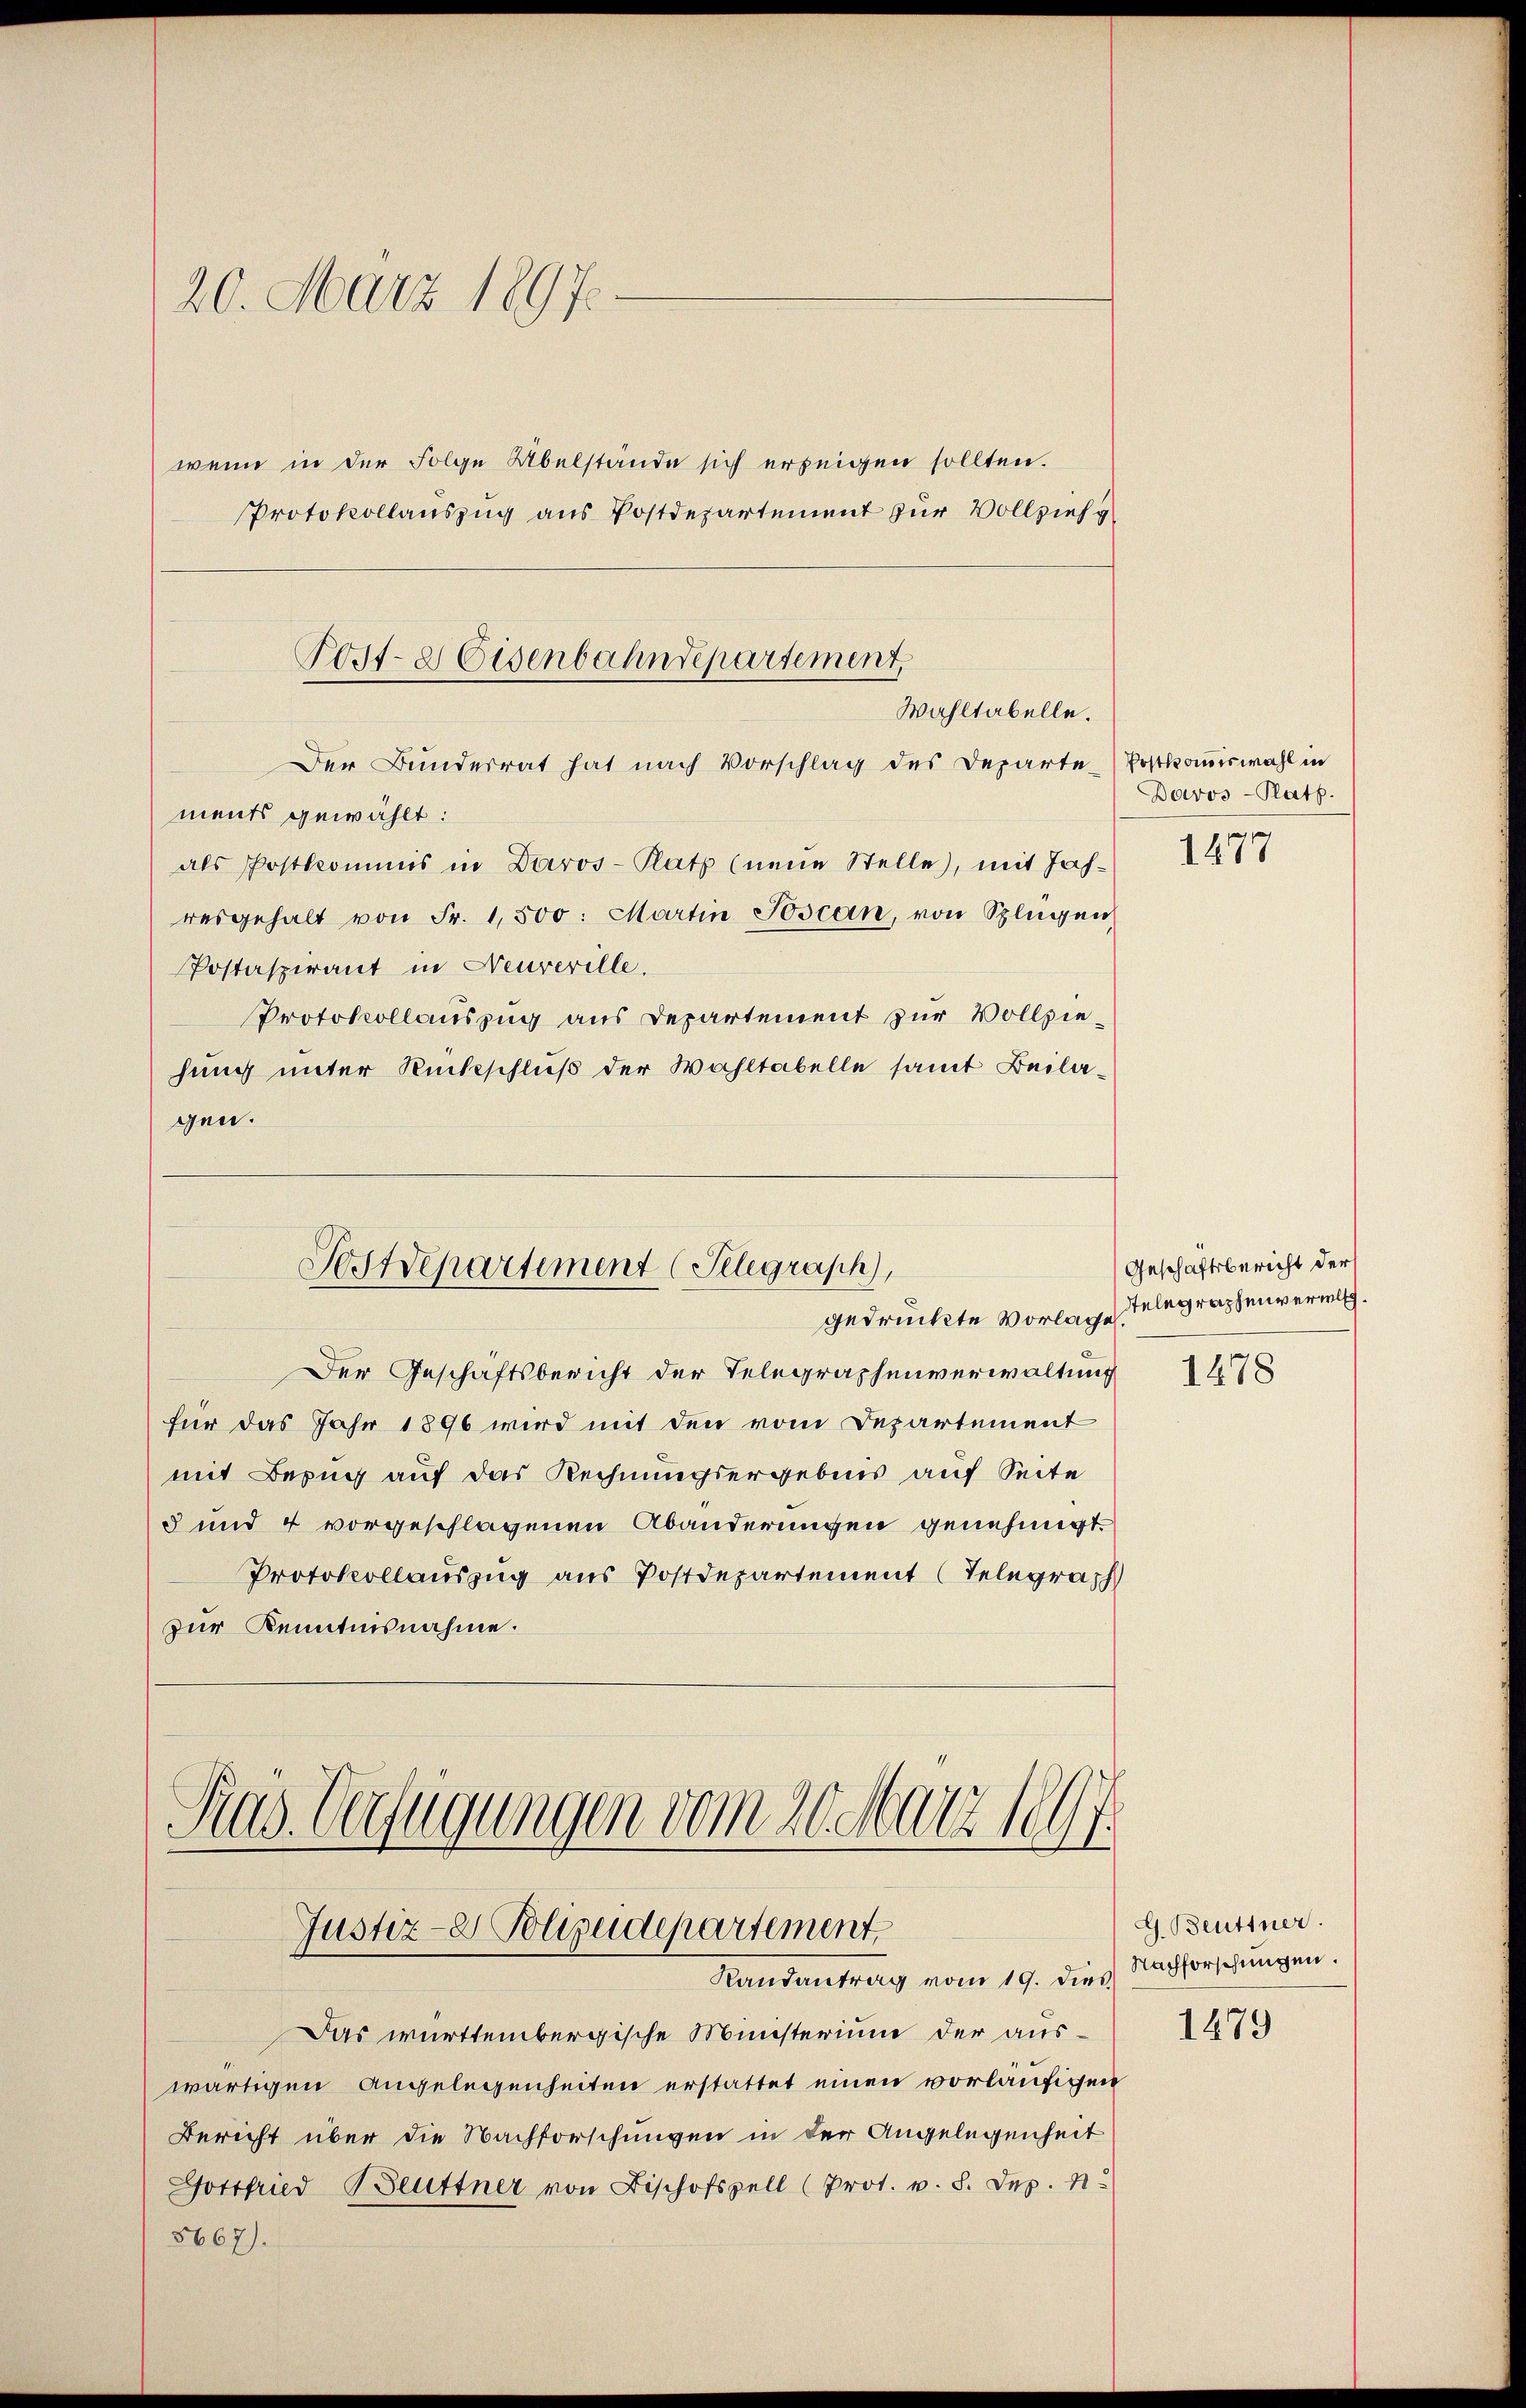
20. März 1897.

wenn in der Folge Übelstände sich erzeigen sollten.
Protokollauszug aus Postdepartement zur Vollzieh

Der Bundesrat hat nach Vorschlag des Departe Postkommiswahl in
ments gewählt:
als Postkommis in Daros- Platz (neue Stelle, mit Jah-
resgehalt von Fr. 1,500. Martin Toscan, von Splügen
Postaspirant in Neuveville.
Protokollauszug aus Departement zur Vollziehung unter Rückschluß der Wahltabelle samt Beilagen.
Postdepartement (Selegraph,
gedrückte Vorlage.
Der Geschäftsbericht der Telegraphenverwaltung
für das Jahr 1896 wird mit den vom Departement
mit Bezug auf das Rechnungsergebnis auf Seite
5 und 4 vorgeschlagenen Abänderungen genehmigt.
Protokollauszug aus Postdepartement (Telegraph
zur Kenntnisnahme.

Post- & Eisenbahndepartement,
Wahltabelle.

Pras. Verfügungen vom 20. März 19
Justiz- Polizeidepartement
Randantrag vom 19. dies Nachforschungen.

Das württembergische Ministerium der auswärtigen Angelegenheiten erstattet einen vorläufigen
Bericht über die Nachforschungen in der Angelegenheit
Gottfried Beuttner von Bischofszell (Prot. v. 8. Dez.
5667).

f

Davos- Platz.
1477

Geschäftsbericht der
stelegraphenverwil.

1478

G. Beuttner.
1479